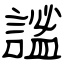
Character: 謐